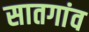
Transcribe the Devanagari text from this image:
सातगांव